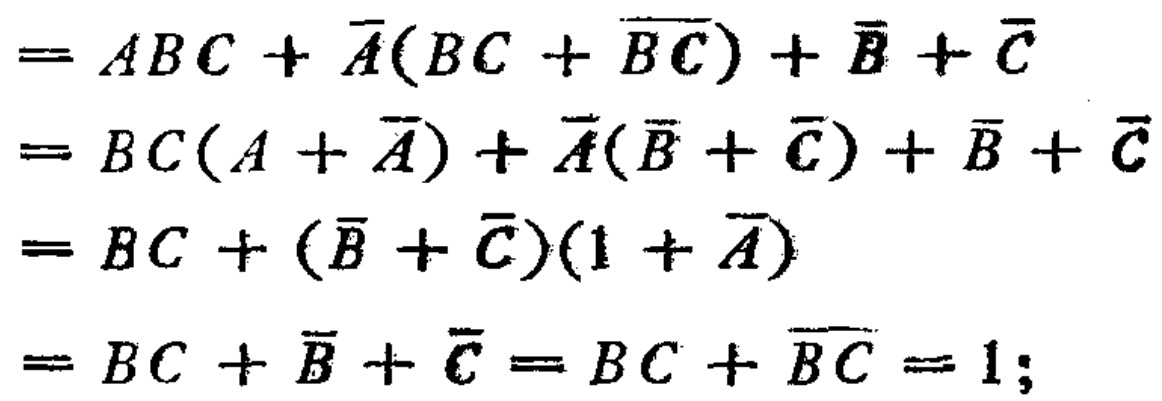
\begin{align*}

&=ABC+\overline{A}(BC + \overline{BC})+\overline{B}+\overline{C}\\

&=BC(A + \overline{A})+\overline{A}(\overline{B}+\overline{C})+\overline{B}+\overline{C}\\

&=BC+(\overline{B}+\overline{C})(1 + \overline{A})\\

&=BC+\overline{B}+\overline{C}=BC+\overline{BC}=1;

\end{align*}